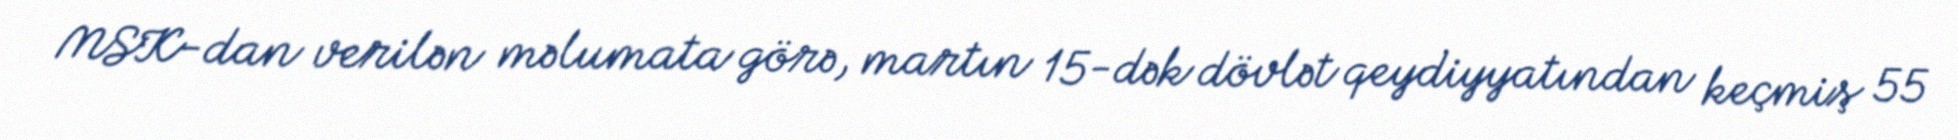
MSK-dan verilən məlumata görə, martın 15-dək dövlət qeydiyyatından keçmiş 55